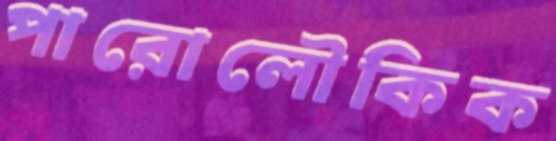
পারোলৌকিক